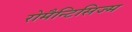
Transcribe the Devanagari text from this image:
रोमैन्टिसिज्म